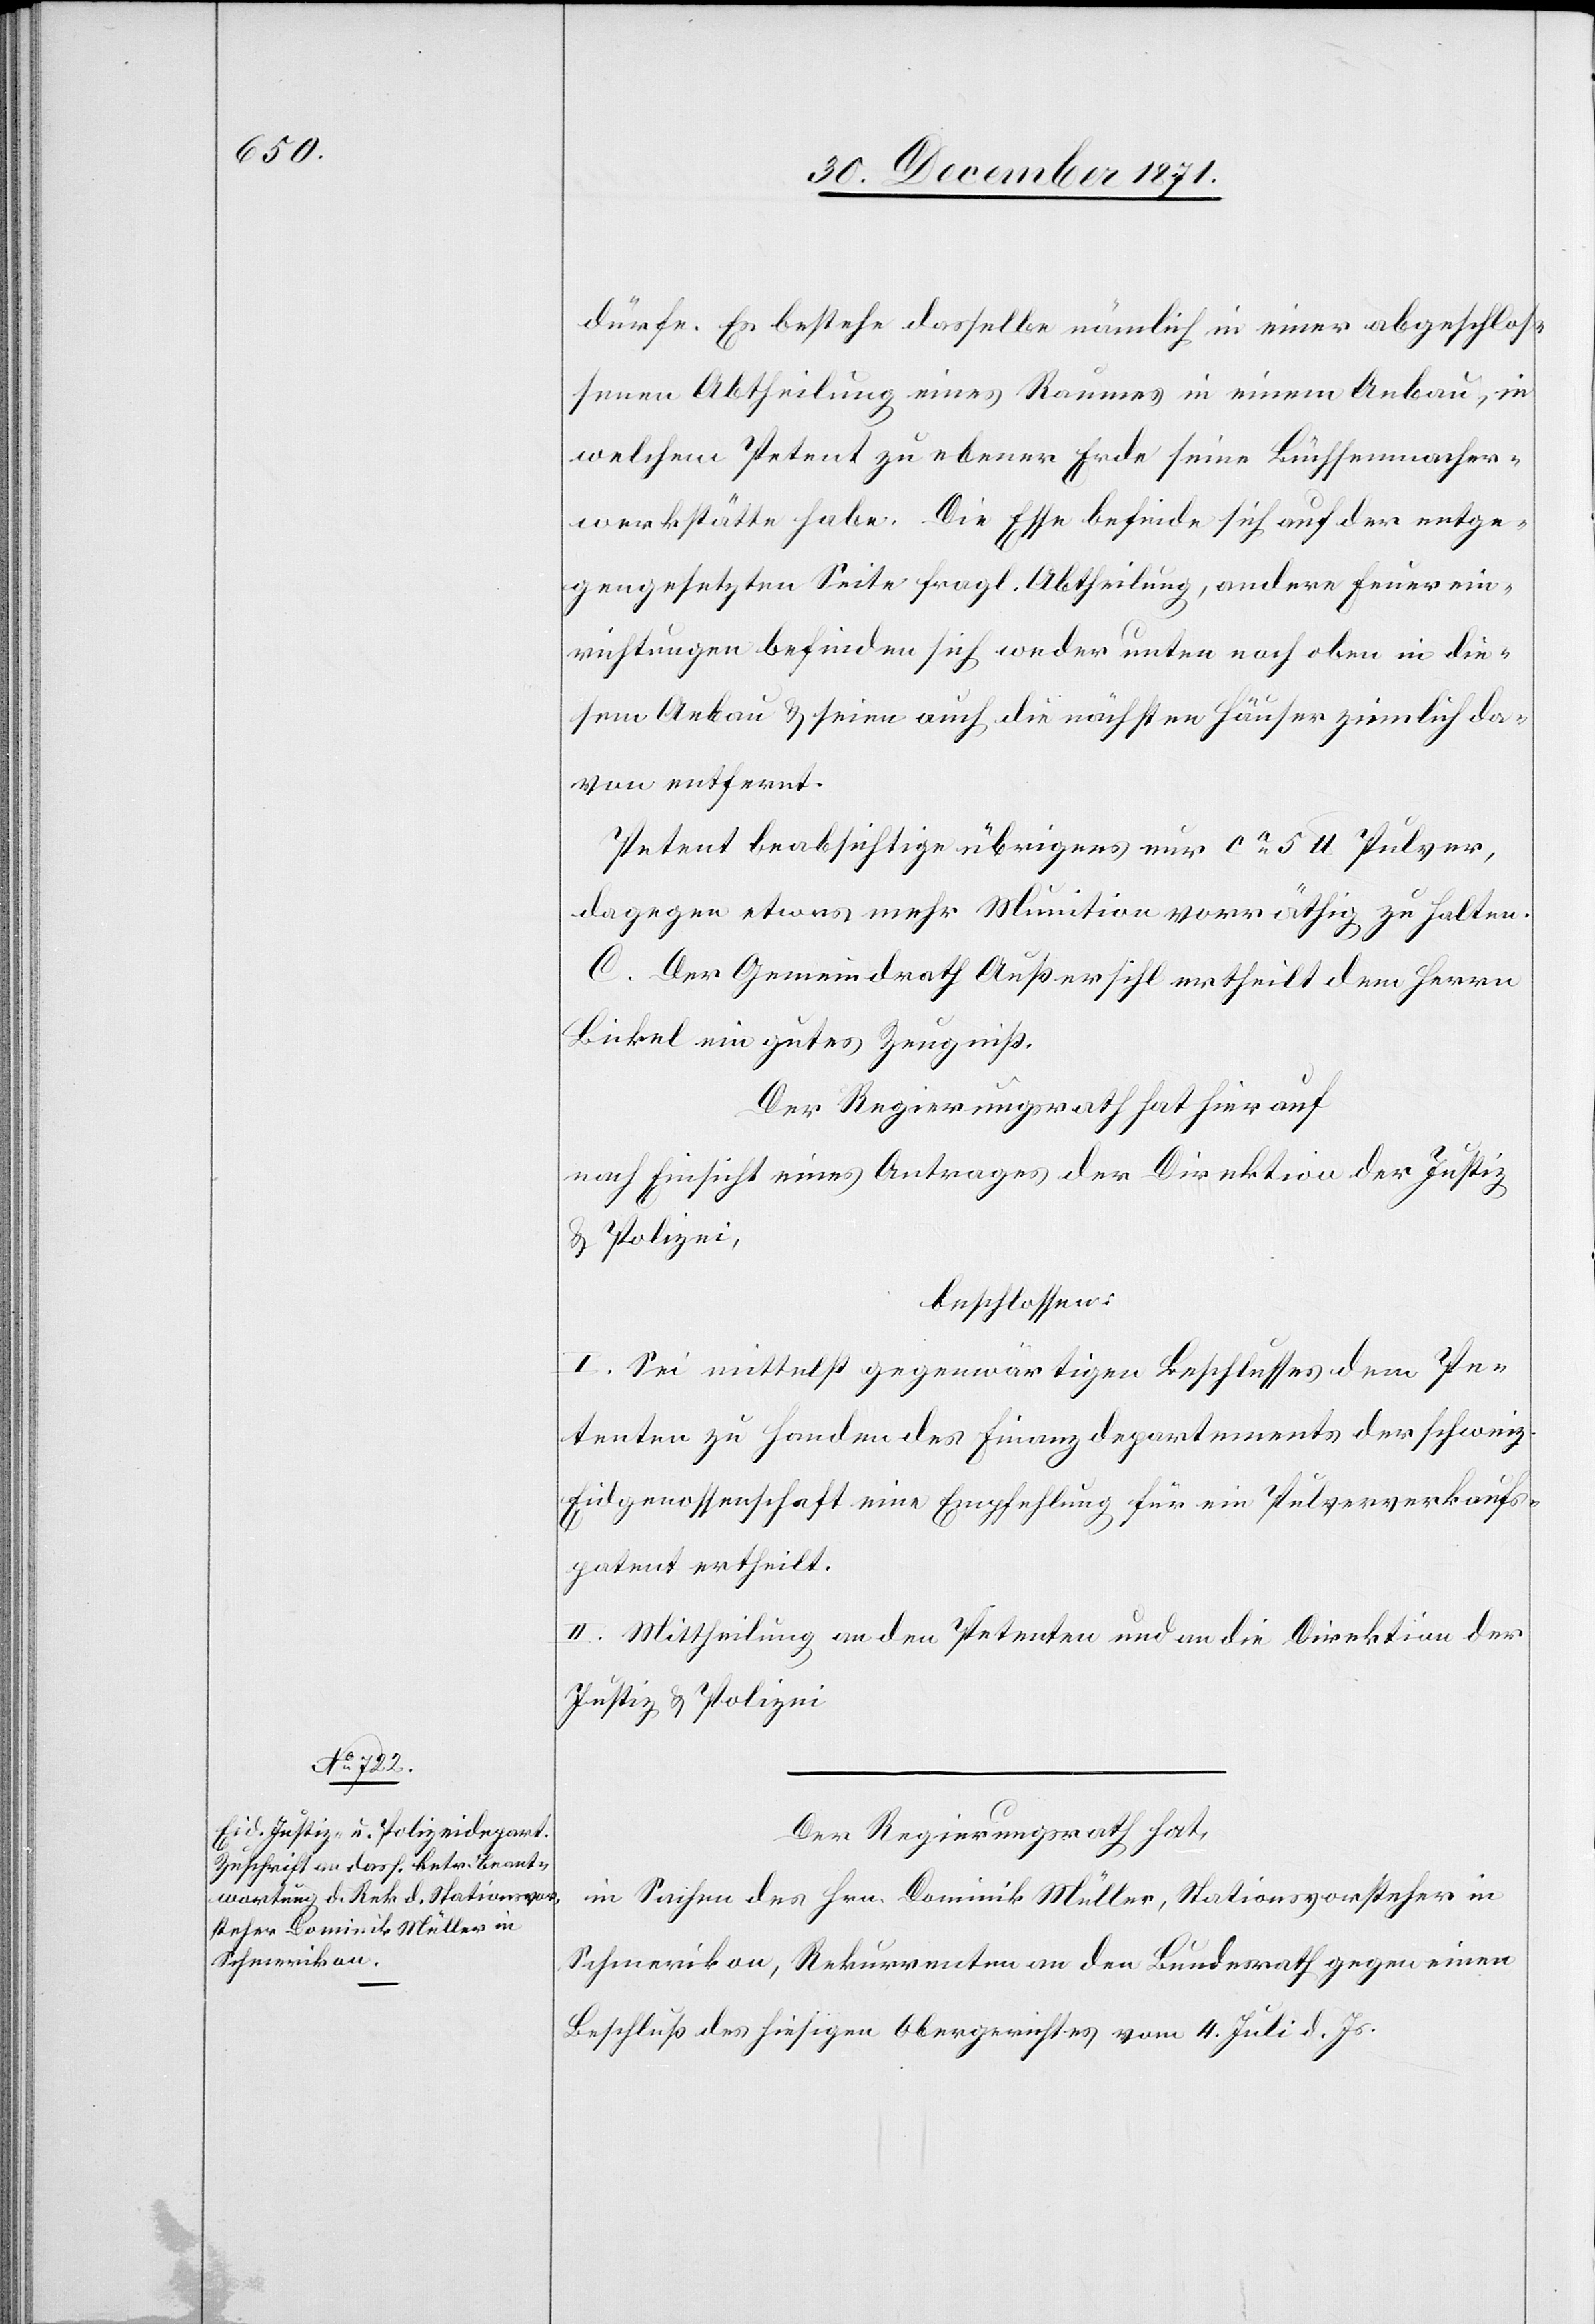
dürfe. Es bestehe dasselbe nämlich in einer abgeschlos¬
senen Abtheilung eines Raumes in einem Anbau, in
welchem Petent zu ebener Erde seine Büchsenmacher¬
werkstätte habe. Die Esse befinde sich auf der entge¬
gengesetzten Seite fragl. Abtheilung, andere Feuerein¬
richtungen befinden sich weder unter noch oben in die¬
sem Anbau & seien auch die nächsten Häuser ziemlich da¬
von entfernt.
Petent beabsichtige übrigens nur ca. 5 Pfund Pulver,
dagegen etwas mehr Munition vorräthig zu halten.
C. Der Gemeindrath Außersihl ertheilt dem Herrn
Bickel ein gutes Zeugniß.
Der Regierungsrath hat hierauf
nach Einsicht eines Antrages der Direktion der Justiz
& Polizei,
beschlossen:
I. Sei mittelst gegenwärtigen Beschlusses dem Pe¬
tenten zu Handen des Finanzdepartements der schweiz.
Eidgenossenschaft eine Empfehlung für ein Pulververkaufs¬
patent ertheilt.
II. Mittheilung an den Petenten und an die Direktion der
Justiz & Polizei.
Der Regierungsrath hat,
in Sachen des Hrn. Dominik Müller, Stationsvorsteher in
Schmerikon, Rekurrenten an den Bundesrath gegen einen
Beschluß des hiesigen Obergerichtes vom 4. Juli d. Js.